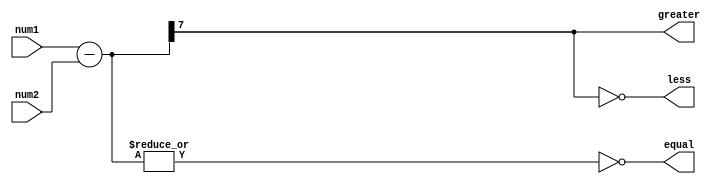
module unsigned_comparator (
    input [7:0] num1,
    input [7:0] num2,
    output greater,
    output less,
    output equal
);

reg [7:0] difference;

assign greater = difference[7];
assign less = ~difference[7];
assign equal = ~|difference;

always @(*) begin
    difference = num1 - num2;
end

endmodule